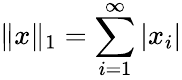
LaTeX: \| x\| _{1}=\sum_{i=1}^{\infty}|x_{i}|